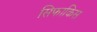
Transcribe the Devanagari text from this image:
सिफाकिस